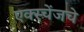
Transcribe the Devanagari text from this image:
एक्स्चेंजचे